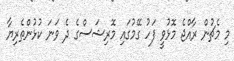
މި މެޗުން ރާއްޖެ މޮޅުވީ ފަހު ގޭމުގައި މޮރިޝަސްގެ ދެ ވަނަ ކުޅުންތެރިޔާ